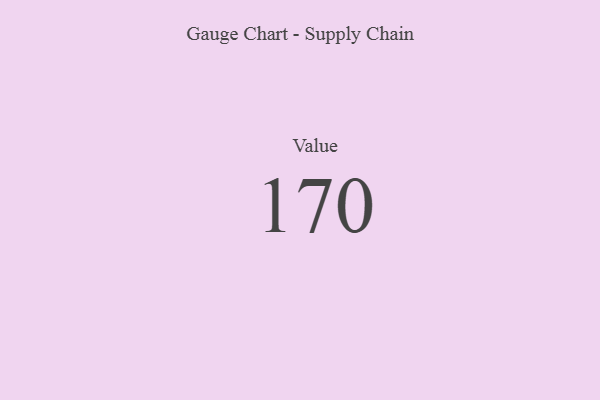
{"axis": {"x": "Metric", "y": "Value"}, "legend": [""], "data": [{"x": "Value", "y": 170, "type": ""}]}